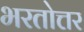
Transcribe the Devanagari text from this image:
भरतोत्तर